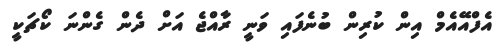
އެފްއޭއެމް އިން ކުރިން ބުނެފައި ވަނީ ރާއްޖެ އަށް ދެން ގެންނަ ކޯޗަކީ